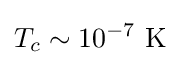
T_{c}\sim 10^{-7}~\mathrm {K}